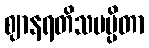
ဈာနရတိသမပ္ပိတာ